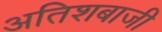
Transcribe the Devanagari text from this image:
अतिशबाजी